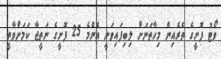
ވޯޓު ފޮށީގެ ތެރެއިން މިހާތަނަށް ލިބިފައިވަނީ އެންމެ 25 ފޮށީގެ ނަތީޖާ ކަމަށްވާތީ